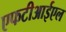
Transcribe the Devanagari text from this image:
एफटीआईएल